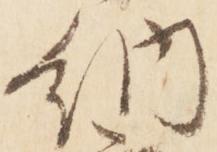
納